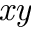
\mathit { x y }